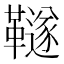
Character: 𩍚